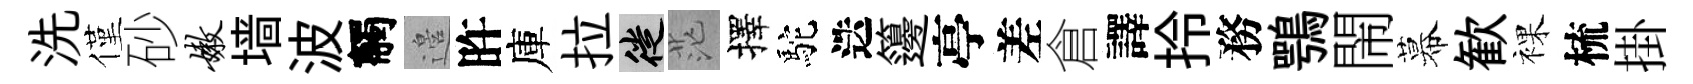
洗僅砂嫩墙波觸邉旿庫拉徙茫擇駝迭籩亭差倉譯拎務鶚閙幕歓裸梳掛